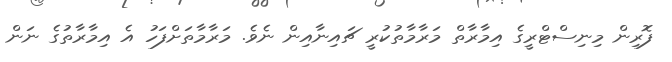
ފޮރިން މިނިސްޓްރީގެ އިމާރާތް މަރާމާތުކުރީ ޗައިނާއިން ނެވެ. މަރާމާތަށްފަހު އެ އިމާރާތުގެ ނަން